Annual statistical returns and brief notes on vaccination in Bengal - 1896-1909
Year: 1896
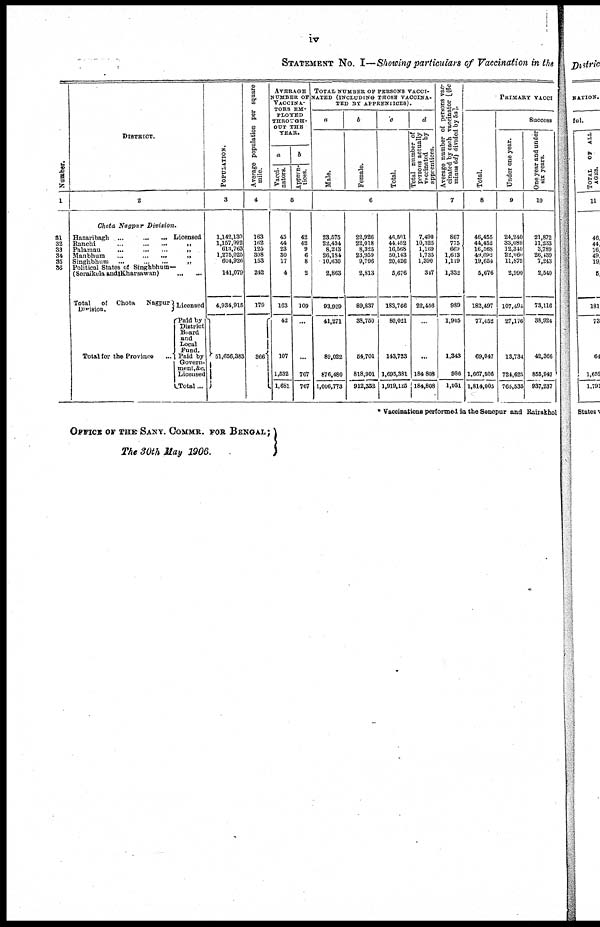
iv
STATEMENT NO. I—Showing particulars of Vaccination in the
Number.
1
31
32
33
34
35
36
DISTRICT.
2
Chota Nagpur Division.
Hazaribagh
...
...
... Licensed
Ranchi ... ... ...
Palamau
...
...
...
Manbhum ... ... ...
Singhbhum
...
...
...
Political States of Singhbhum—
(Seraikela and Kharsawan)
...
...
Total
of Chota
Nagpur
Division.
Total lor the Province
Licensed
Paid by
District
Board
and
Local
Fund.
Paid by
Govern-
ment,&c.
Licensed
Total ...
POPULATION.
3
1,142,130
1,157,992
613,763
1,275,025
604,926
141,079
4,934,915
51,656,383
Average population per square
mile.
4
163
162
125
308
153
242
179
366
AVERAGE
NUMBER OF
VACCINA-
- - - - EM-
PLOYED
THROUGH-
OUT THE
YEAR.
a
Vacci-
nators.
b
Appren-
tices.
5
45
44
23
30
17
4
163
42
107
1,632
1,681
42
42
9
6
8
2
109
...
...
767
767
TOTAL NUMBER OF PERSONS VACCI-
----- (INCLUDING THOSE VACCINA-
TED BY APPRENTICES).
a
Male.
b
Female.
c
Total.
d
Total number of
persons actually
vaccinated
by
apprentices.
6
23,575
22,434
8,213
26,184
10,630
2,863
93,929
41,271
89,022
876,480
1,006,773
22,926
22,018
8,325
23,959
9,796
2,813
89,837
38,750
54,701
818,901
912,352
46,591
44,452
16,568
50,143
20,426
5,676
183,766
80,021
143,723
1,695,381
1,919,125
7,490
10,325
1,169
1,735
1,390
347
22,456
...
...
184 808
184,808
Average number of persons vac-
cinated by each vaccinator [(6c
minus 6d) divided by 5a].
7
867
775
669
1,613
1,119
1,332
989
1,905
1,343
986
1,031
PRIMARY VACCI
Total.
8
46,455
44,452
16,568
49,692
19,654
5,676
182,497
77,452
69,047
1,667,506
1,814,005
Success
Under one year.
9
24,240
33,089
12,340
22,960
11,875
2,990
107,494
27,176
13,734
724,625
765,535
One year and under
six years.
10
21,872
11,233
3,789
26,439
7,243
2,540
73,116
38,924
42,366
855,947
937,237
* Vaccinations performed in the Sonepur and Rairakhol
OFFICE OF THE SANY. COMMR. FOR BENGAL;
The 30th May 1906.